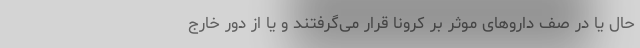
حال یا در صف داروهای موثر بر کرونا قرار می‌گرفتند و یا از دور خارج